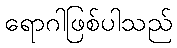
ရောဂါဖြစ်ပါသည်